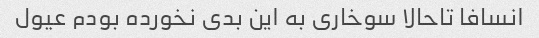
انسافا تاحالا سوخاری به این بدی نخورده بودم عیول